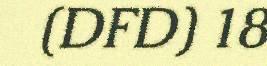
(DFD) 18